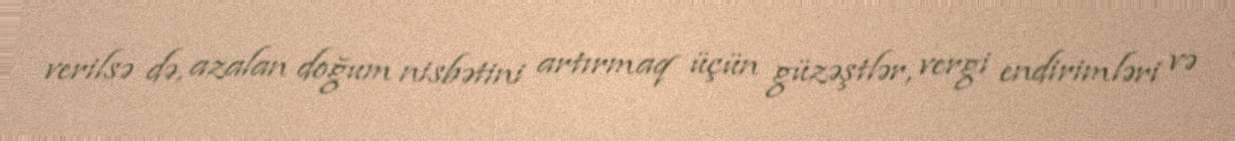
verilsə də, azalan doğum nisbətini artırmaq üçün güzəştlər, vergi endirimləri və